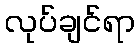
လုပ်ချင်ရာ